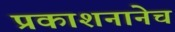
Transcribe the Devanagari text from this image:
प्रकाशनानेच